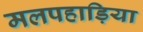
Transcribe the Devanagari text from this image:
मलपहाड़िया